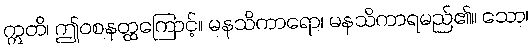
ဣတိ၊ ဤဝစနတ္ထကြောင့်။ မနသိကာရော၊ မနသိကာရမည်၏။ သော၊